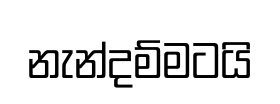
නැන්දම්මටයි